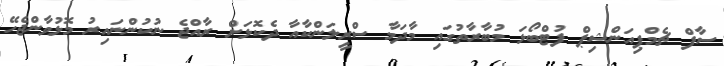
ސާފް ޗެމްޕިއަންޝިޕް ފުޓްބޯޅަ މުބާރާތުގައި މާދަމާ ސްރީލަންކާއާ ދެކޮޅަށް ރާއްޖެ ނުކުންނައިރު މޮޅުވާންޖެހޭ